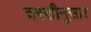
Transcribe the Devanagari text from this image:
वस्तीनुसार